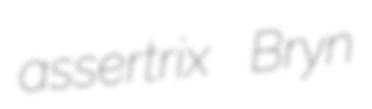
assertrix Bryn